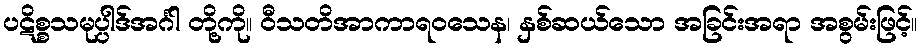
ပဋိစ္စသမုပ္ပါဒ်အင်္ဂါ တို့ကို။ ဝီသတိအာကာရဝသေန၊ နှစ်ဆယ်သော အခြင်းအရာ အစွမ်းဖြင့်။